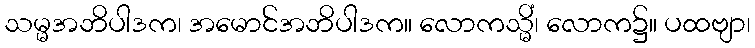
သမ္မအဘိပါဒက၊ အမောင်အဘိပါဒက။ လောကသ္မိံ၊ လောက၌။ ပထဗျာ၊